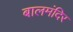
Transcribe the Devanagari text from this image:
बालमंदिर